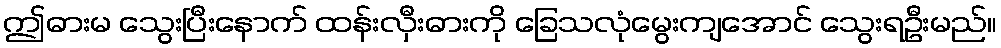
ဤဓားမ သွေးပြီးနောက် ထန်းလှီးဓားကို ခြေသလုံမွေးကျအောင် သွေးရဦးမည်။